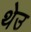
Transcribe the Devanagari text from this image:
थेउ